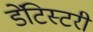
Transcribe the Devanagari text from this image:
डेंटिस्टरी